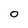
Character: O